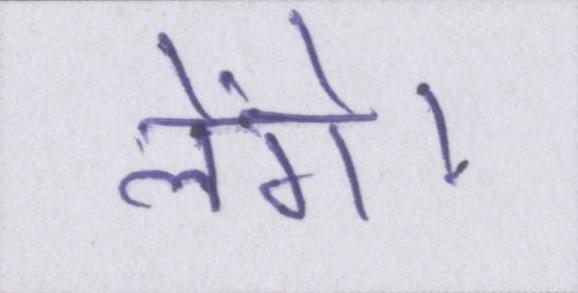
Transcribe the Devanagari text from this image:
लेंगे।